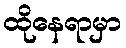
ထိုနေရာမှာ